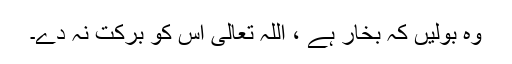
وہ بولیں کہ بخار ہے ، اللہ تعالیٰ اس کو برکت نہ دے۔